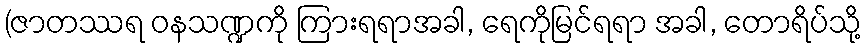
(ဇာတဿရ ဝနသဏ္ဍကို ကြားရရာအခါ, ရေကိုမြင်ရရာ အခါ, တောရိပ်သို့